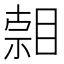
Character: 𥈷